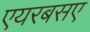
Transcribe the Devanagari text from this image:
एयरबसए